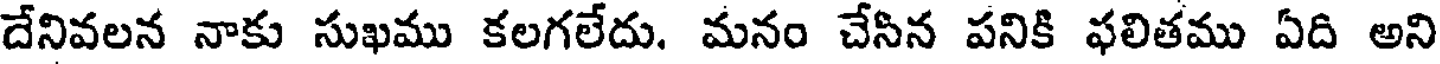
దేనివలన నాకు సుఖము కలగలేదు. మనం చేసిన పనికి ఫలితము ఏది అని